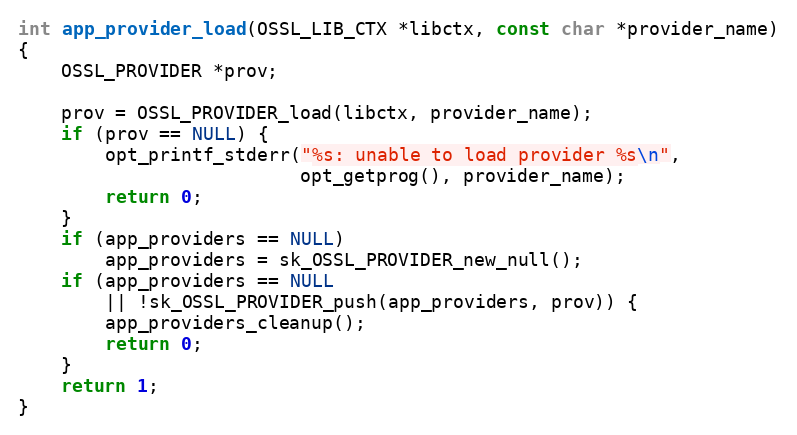
Language: C
int app_provider_load(OSSL_LIB_CTX *libctx, const char *provider_name)
{
    OSSL_PROVIDER *prov;

    prov = OSSL_PROVIDER_load(libctx, provider_name);
    if (prov == NULL) {
        opt_printf_stderr("%s: unable to load provider %s\n",
                          opt_getprog(), provider_name);
        return 0;
    }
    if (app_providers == NULL)
        app_providers = sk_OSSL_PROVIDER_new_null();
    if (app_providers == NULL
        || !sk_OSSL_PROVIDER_push(app_providers, prov)) {
        app_providers_cleanup();
        return 0;
    }
    return 1;
}